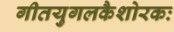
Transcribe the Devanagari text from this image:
गीतयुगलकैशोरकः